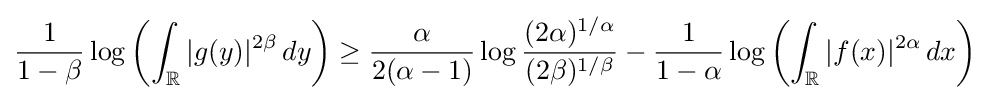
{\frac {1}{1-\beta }}\log \left(\int _{\mathbb {R} }|g(y)|^{2\beta }\,dy\right)\geq {\frac {\alpha }{2(\alpha -1)}}\log {\frac {(2\alpha )^{1/\alpha }}{(2\beta )^{1/\beta }}}-{\frac {1}{1-\alpha }}\log \left(\int _{\mathbb {R} }|f(x)|^{2\alpha }\,dx\right)~